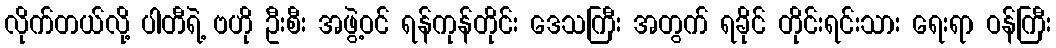
လိုက်တယ်လို့ ပါတီရဲ့ ဗဟို ဦးစီး အဖွဲ့ဝင် ရန်ကုန်တိုင်း ဒေသကြီး အတွက် ရခိုင် တိုင်းရင်းသား ရေးရာ ဝန်ကြီး